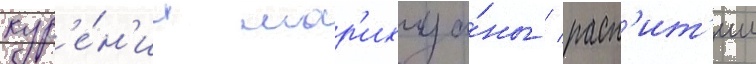
кур'е́н'ии мар'ихуа́ны / расп'ит'ии